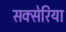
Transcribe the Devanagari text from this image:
सक्सेरिया